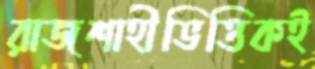
রাজশাহীভিত্তিকই